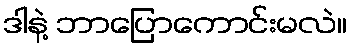
ဒါနဲ့ ဘာပြောကောင်းမလဲ။